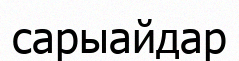
сарыайдар